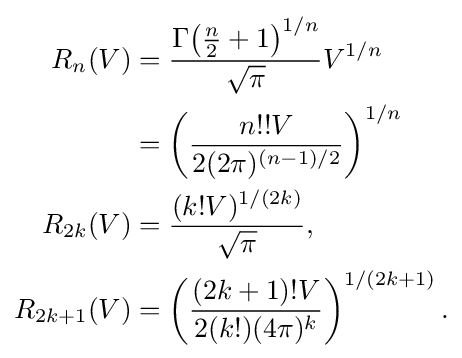
{\begin{aligned}R_{n}(V)&={\frac {\Gamma {\bigl (}{\tfrac {n}{2}}+1{\bigr )}^{1/n}}{\sqrt {\pi }}}V^{1/n}\\&=\left({\frac {n!!V}{2(2\pi )^{(n-1)/2}}}\right)^{1/n}\\R_{2k}(V)&={\frac {(k!V)^{1/(2k)}}{\sqrt {\pi }}},\\R_{2k+1}(V)&=\left({\frac {(2k+1)!V}{2(k!)(4\pi )^{k}}}\right)^{1/(2k+1)}.\end{aligned}}